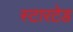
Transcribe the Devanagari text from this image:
स्टारटेड